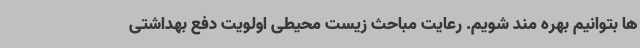
ها بتوانیم بهره مند شویم. رعایت مباحث زیست محیطی اولویت دفع بهداشتی